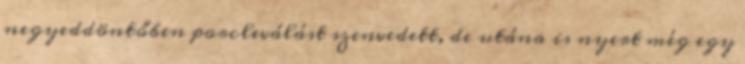
negyeddöntőben porcleválást szenvedett, de utána is nyert még egy